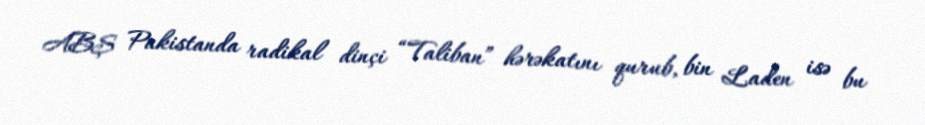
ABŞ Pakistanda radikal dinçi “Taliban” hərəkatını qurub, bin Laden isə bu